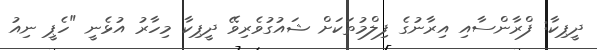
ދީޕިކާ: ފްރާންސާއި އިރާނުގެ ފިލްމުތަކަށް ޝައުގުވެރިވޭ ދީޕިކާ މިހާރު އުޅެނީ "ހެޕީ ނިއު